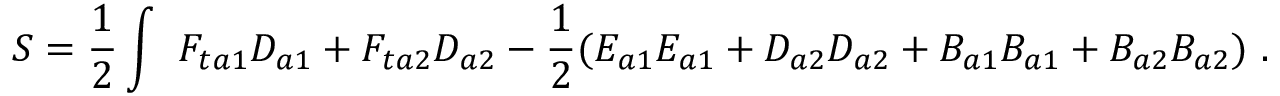
S = \frac { 1 } { 2 } \int \ F _ { t a 1 } D _ { a 1 } + F _ { t a 2 } D _ { a 2 } - \frac { 1 } { 2 } ( E _ { a 1 } E _ { a 1 } + D _ { a 2 } D _ { a 2 } + B _ { a 1 } B _ { a 1 } + B _ { a 2 } B _ { a 2 } ) \ .